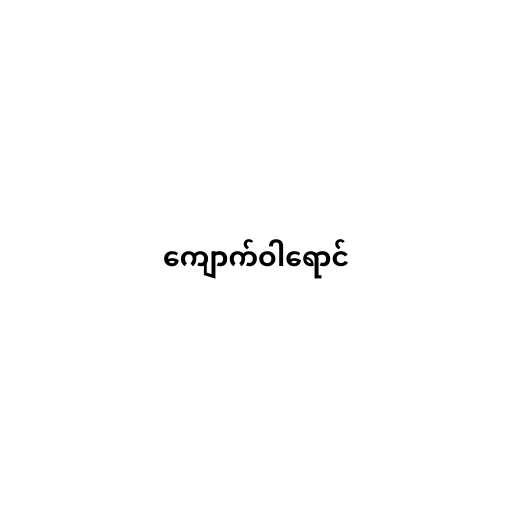
ကျောက်ဝါရောင်